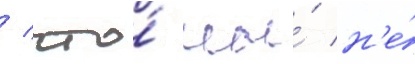
/ что́ мы́ н'е́